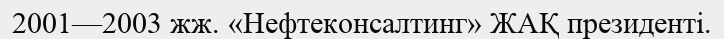
2001—2003 жж. «Нефтеконсалтинг» ЖАҚ президенті.